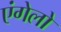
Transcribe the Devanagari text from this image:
एंगेलो